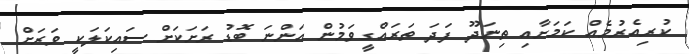
ކުރިއެރުމެއް ކަމަށާއި ތިނަދޫ ފަދަ ތަރައްގީވަމުން އަންނަ ބޮޑު ރަށަކަށް ސައިކަލަކީ ވަރަށް